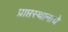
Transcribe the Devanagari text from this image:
प्राप्तस्थानाचे